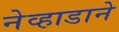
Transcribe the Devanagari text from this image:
नेव्हाडाने